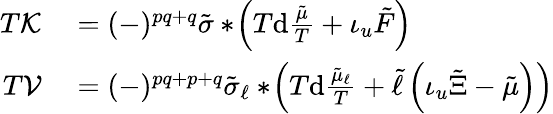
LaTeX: \begin{array}{rl}{T{\cal K}}&{{}=(-)^{pq+q}\tilde{\sigma}*\! \left(T\mathrm{d}\frac{\tilde{\mu}}{T}+\iota_{u}\tilde{F}\right)}\\ {T{\cal V}}&{{}=(-)^{pq+p+q}\tilde{\sigma}_{\ell}*\! \left(T\mathrm{d}\frac{\tilde{\mu}_{\ell}}{T}+\tilde{\ell}\left(\iota_{u}\tilde{\Xi}-\tilde{\mu}\right)\right)}\end{array}